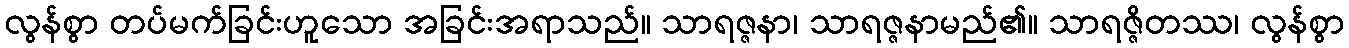
လွန်စွာ တပ်မက်ခြင်းဟူသော အခြင်းအရာသည်။ သာရဇ္ဇနာ၊ သာရဇ္ဇနာမည်၏။ သာရဇ္ဇိတဿ၊ လွန်စွာ